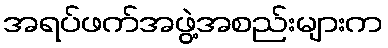
အရပ်ဖက်အဖွဲ့အစည်းများက